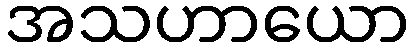
အသဟာယော